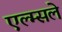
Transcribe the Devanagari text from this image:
एल्म्सले